Vaccination United Provinces of Agra and Oudh 1902-1913 - 1902-1913
Year: 1902
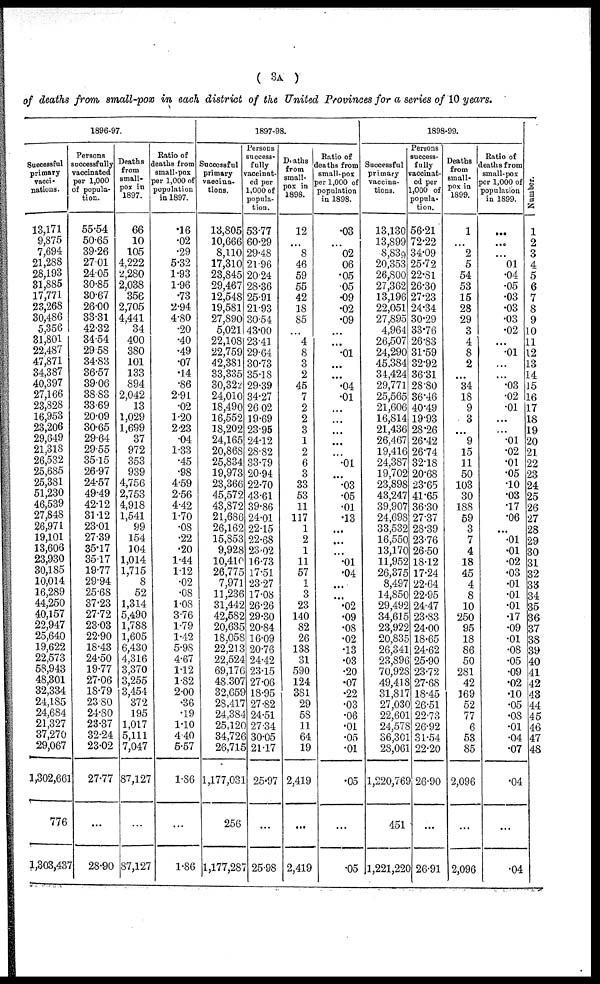
( 3A )
of deaths from small-pox in each district of the United Provinces for a series of 10 years.
1896-97.
Successful
primary
vacci¬
nations.
13,171
9,875
7,694
21,288
28,193
31,885
17,771
23,268
30,486
5,356
31,801
22,487
47,871
34,387
40,397
27,166
23,828
16,953
23,206
29,649
21,318
26,532
25,685
25,381
51,230
46,539
27,848
26,971
19,101
13,606
23,930
30,185
10,014
16,289
44,250
40,157
22,947
25,640
19,622
22,573
58,943
48,301
32,334
24,185
24,684
21,327
37,270
29,067
1,302,661
776
1,303,437
Persons
successfully
vaccinated
per 1,000
of popula-
tion.
55.54
50.65
39.26
27.01
24.05
30.85
30.67
26.00
33.31
42.32
34.54
29.58
34.83
36.57
39.06
38.83
33.69
20.09
30.65
29.64
29.55
35.15
26.97
24.57
49.49
42.12
31.12
23.01
27.39
35.17
35.17
19.77
29.94
25.68
37.23
27.72
23.03
22.90
18.43
24.50
19.77
27.06
18.79
23.80
24.80
23.37
32.24
23.02
27.77
...
28.90
Deaths
from
small-
pox in
1897.
66
10
105
4,222
2,280
2,038
356
2,705
4,441
34
400
380
101
133
894
2,042
13
1,029
1,699
37
972
353
939
4,756
2,753
4,918
1,541
99
154
104
1,014
1,715
8
52
1,314
5,490
1,788
1,605
6,430
4,316
3,370
3,255
3,454
372
195
1,017
5,111
7,047
87,127
...
87,127
Ratio of
deaths from
small-pox
per 1,000 of
population
in 1897.
.16
.02
.29
5.32
1.93
1.96
.73
2.94
4.80
.20
.40
.49
.07
.14
.86
2.91
.02
1.20
2.23
.04
1.33
.45
.98
4.59
2.56
4.42
1.70
.08
.22
.20
1.44
1.12
.02
.08
1.08
3.76
1.79
1.42
5.98
4.67
1.12
1.82
2.00
.36
.19
1.10
4.40
5.57
1.86
...
1.86
1897-98.
Successful
primary
vaccina-
tions.
13,805
10,666
8,110
17,310
23,845
29,467
12,548
19,581
27,890
5,021
22,108
22,759
42,381
33,335
30,322
24,010
18,490
16,552
18,202
24,165
20,868
25,834
19,973
23,366
45,572
43,872
21,686
26,162
15,853
9,928
10,410
26,775
7,971
11,236
31,442
42,582
20,635
18,058
22,213
22,524
69,176
48,307
32,659
28,417
24,384
25,120
34,726
26,715
1,177,031
256
1,177,287
Persons
success¬
fully
vaccinat-
ed per
1,000 of
popula-
tion.
53.77
60.29
29.48
21.96
20.24
28.36
25.91
21.93
30.54
43.00
23.41
29.64
30.73
35.18
29.39
34.27
26.02
19.69
23.95
24.12
28.82
33.79
20.94
22.70
43.61
39.86
24.01
22.15
22.68
23.02
16.73
17.51
23.27
17.08
26.26
29.30
20.84
16.09
20.76
24.42
23.15
27.06
18.95
27.82
24.51
27.34
30.05
21.17
25.97
...
25.98
Deaths
from
small-
pox in
1898.
12
...
8
46
59
55
42
18
85
...
4
8
3
2
45
7
2
2
3
1
2
6
3
33
53
11
117
1
2
1
11
57
1
3
23
140
82
26
138
31
590
124
381
29
58
11
64
19
2,419
...
2,419
Ratio of
deaths from
small-pox
per 1,000 of
population
in 1898.
.03
...
.02
.06
.05
.05
.09
.02
.09
...
...
.01
...
...
.04
.01
...
...
...
...
...
.01
...
.03
.05
.01
.13
...
...
...
.01
.04
...
...
.02
.09
.08
.02
.13
.03
.20
.07
.22
.03
.06
.01
.05
.01
.05
...
.05
1898-99.
Successful
primary
vaccina-
tions.
13,130
13,899
8,839
20,353
26,800
27,362
13,196
22,051
27,895
4,964
26,507
24,290
45,384
34,424
29,771
25,565
21,606
16,814
21,436
26,467
19,416
24,387
19,702
23,898
43,247
39,907
24,698
33,532
16,550
13,170
11,952
26,375
8,497
14,850
29,492
34,615
23,922
20,835
26,341
23,896
70,928
49,418
31,817
27,030
22,601
24,578
36,301
28,061
1,220,769
451
1,221,220
Persons
success¬
fully
vaccinat¬
ed per
1,000 of
popula¬
tion.
56.21
72.22
34.09
25.72
22.81
26.30
27.23
24.34
30.29
33.76
26.83
31.59
32.92
36.31
28.80
36.46
40.49
19.93
28.26
26.42
26.74
32.18
20.68
23.65
41.65
36.30
27.37
28.39
23.76
26.50
18.12
17.24
22.64
22.95
24.47
23.83
24.00
18.65
24.62
25.90
23.72
27.68
18.45
26.51
22.73
26.92
31.54
22.20
26.90
...
26.91
Deaths
from
small¬
pox in
1899.
1
...
2
5
54
53
15
28
29
3
4
8
2
...
34
18
9
3
9
15
11
50
103
30
188
59
3
7
4
18
45
4
8
10
250
95
18
86
50
281
42
169
52
77
6
53
85
2,096
...
2,096
Ratio of
deaths from
small-pox
per 1,000 of
population
in 1899.
...
...
...
.01
.04
.05
.03
.03
.03
.02
...
.01
...
...
.03
.02
.01
...
...
.01
.02
.01
.05
.10
.03
.17
.06
...
.01
.01
.02
.03
.01
.01
.01
.17
.09
.01
.08
.05
.09
.02
.10
.05
.08
.01
.04
.07
.04
.04
Number.
1
2
3
4
5
6
7
8
9
10
11
12
13
14
15
16
17
18
19
20
21
22
23
24
25
26
27
28
29
30
31
32
33
34
35
36
37
38
39
40
41
42
43
44
45
46
47
48